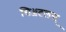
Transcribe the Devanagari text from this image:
सिॲटलस्